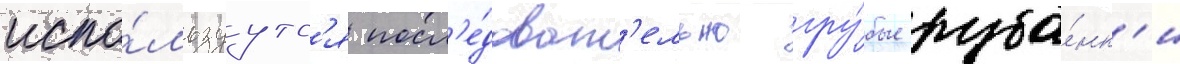
испо́льзуутс'я посл'е́доват'ельно гру́бые руба́нк'и